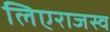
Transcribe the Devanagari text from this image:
लिएराजस्व